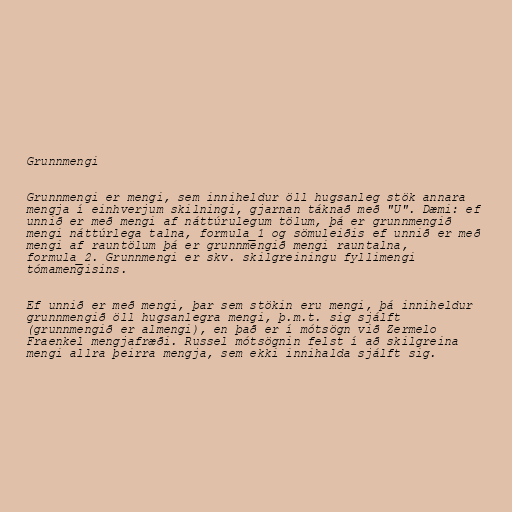
Grunnmengi

Grunnmengi er mengi, sem inniheldur öll hugsanleg stök annara
mengja í einhverjum skilningi, gjarnan táknað með "U". Dæmi: ef
unnið er með mengi af náttúrulegum tölum, þá er grunnmengið
mengi náttúrlega talna, formula_1 og sömuleiðis ef unnið er með
mengi af rauntölum þá er grunnmengið mengi rauntalna,
formula_2. Grunnmengi er skv. skilgreiningu fyllimengi
tómamengisins.

Ef unnið er með mengi, þar sem stökin eru mengi, þá inniheldur
grunnmengið öll hugsanlegra mengi, þ.m.t. sig sjálft
(grunnmengið er almengi), en það er í mótsögn við Zermelo
Fraenkel mengjafræði. Russel mótsögnin felst í að skilgreina
mengi allra þeirra mengja, sem ekki innihalda sjálft sig.